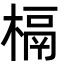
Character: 槅